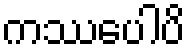
ကဿပေါပိ